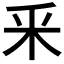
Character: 釆